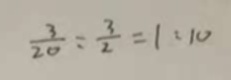
\frac { 3 } { 2 0 } : \frac { 3 } { 2 } = 1 : 1 0